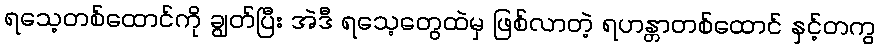
ရသေ့တစ်ထောင်ကို ချွတ်ပြီး အဲဒီ ရသေ့တွေထဲမှ ဖြစ်လာတဲ့ ရဟန္တာတစ်ထောင် နှင့်တကွ